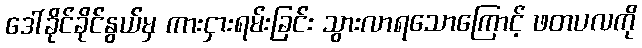
ဒေါ်ခိုင်ခိုင်နွယ်မှ ကားငှားရမ်းခြင်း သွားလာရသောကြောင့် ဖတပလကို